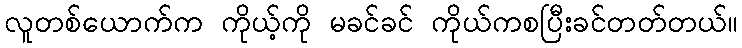
လူတစ်ယောက်က ကိုယ့်ကို မခင်ခင် ကိုယ်ကစပြီးခင်တတ်တယ်။